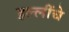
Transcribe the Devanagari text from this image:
हल्लींचे